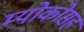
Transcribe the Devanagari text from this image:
म्योकोसह